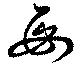
毎